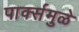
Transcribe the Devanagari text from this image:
पार्क्समुळे